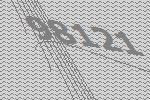
98121